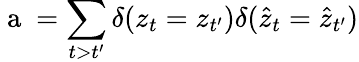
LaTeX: \mathrm{~a~}=\sum_{t>t^{\prime}}\delta(z_{t}=z_{t^{\prime}})\delta(\hat{z}_{t}=\hat{z}_{t^{\prime}})